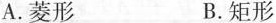
A.菱形 B.矩形